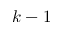
k - 1